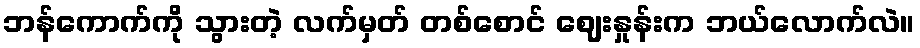
ဘန်ကောက်ကို သွားတဲ့ လက်မှတ် တစ်စောင် ဈေးနှုန်းက ဘယ်လောက်လဲ။